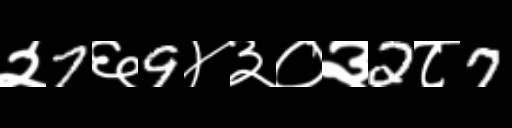
Text: २7६9४३०३2८7